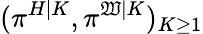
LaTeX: (\pi^{H|K},\pi^{\mathfrak{W}|K})_{K\geq1}